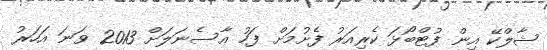
ޝާލްކޭ އިން ފުޓްބޯޅަ ކެރިއަރު ފެށުމަށް ފަހު އާސެނަލަށް 2013 ވަނަ އަހަރު